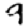
Digit: 9